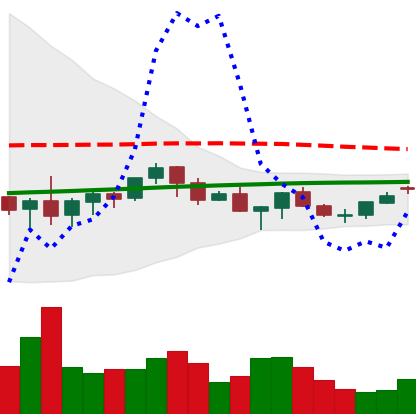
Ticker: XMR-USD
Chart end date: 2021-06-15
Forward return: -5.329%
Label: down_5_7